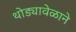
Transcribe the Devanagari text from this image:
थोड्यावेळाने